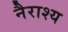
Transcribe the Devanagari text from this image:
नैराश्‍य